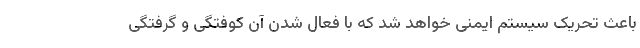
باعث تحریک سیستم ایمنی خواهد شد که با فعال شدن آن کوفتگی و گرفتگی